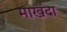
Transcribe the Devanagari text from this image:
माखंदा